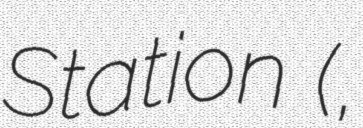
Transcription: Station (柴山駅,